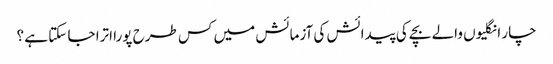
چار انگلیوں والے بچے کی پیدائش کی آزمائش میں کس طرح پورا اترا جا سکتا ہے ؟